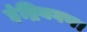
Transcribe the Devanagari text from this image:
इंद्रियगण।